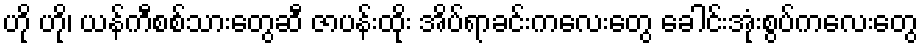
ဟို ဟို၊ ယန်ကီစစ်သားတွေဆီ ဇာပန်းထိုး အိပ်ရာခင်းကလေးတွေ ခေါင်းအုံးစွပ်ကလေးတွေ